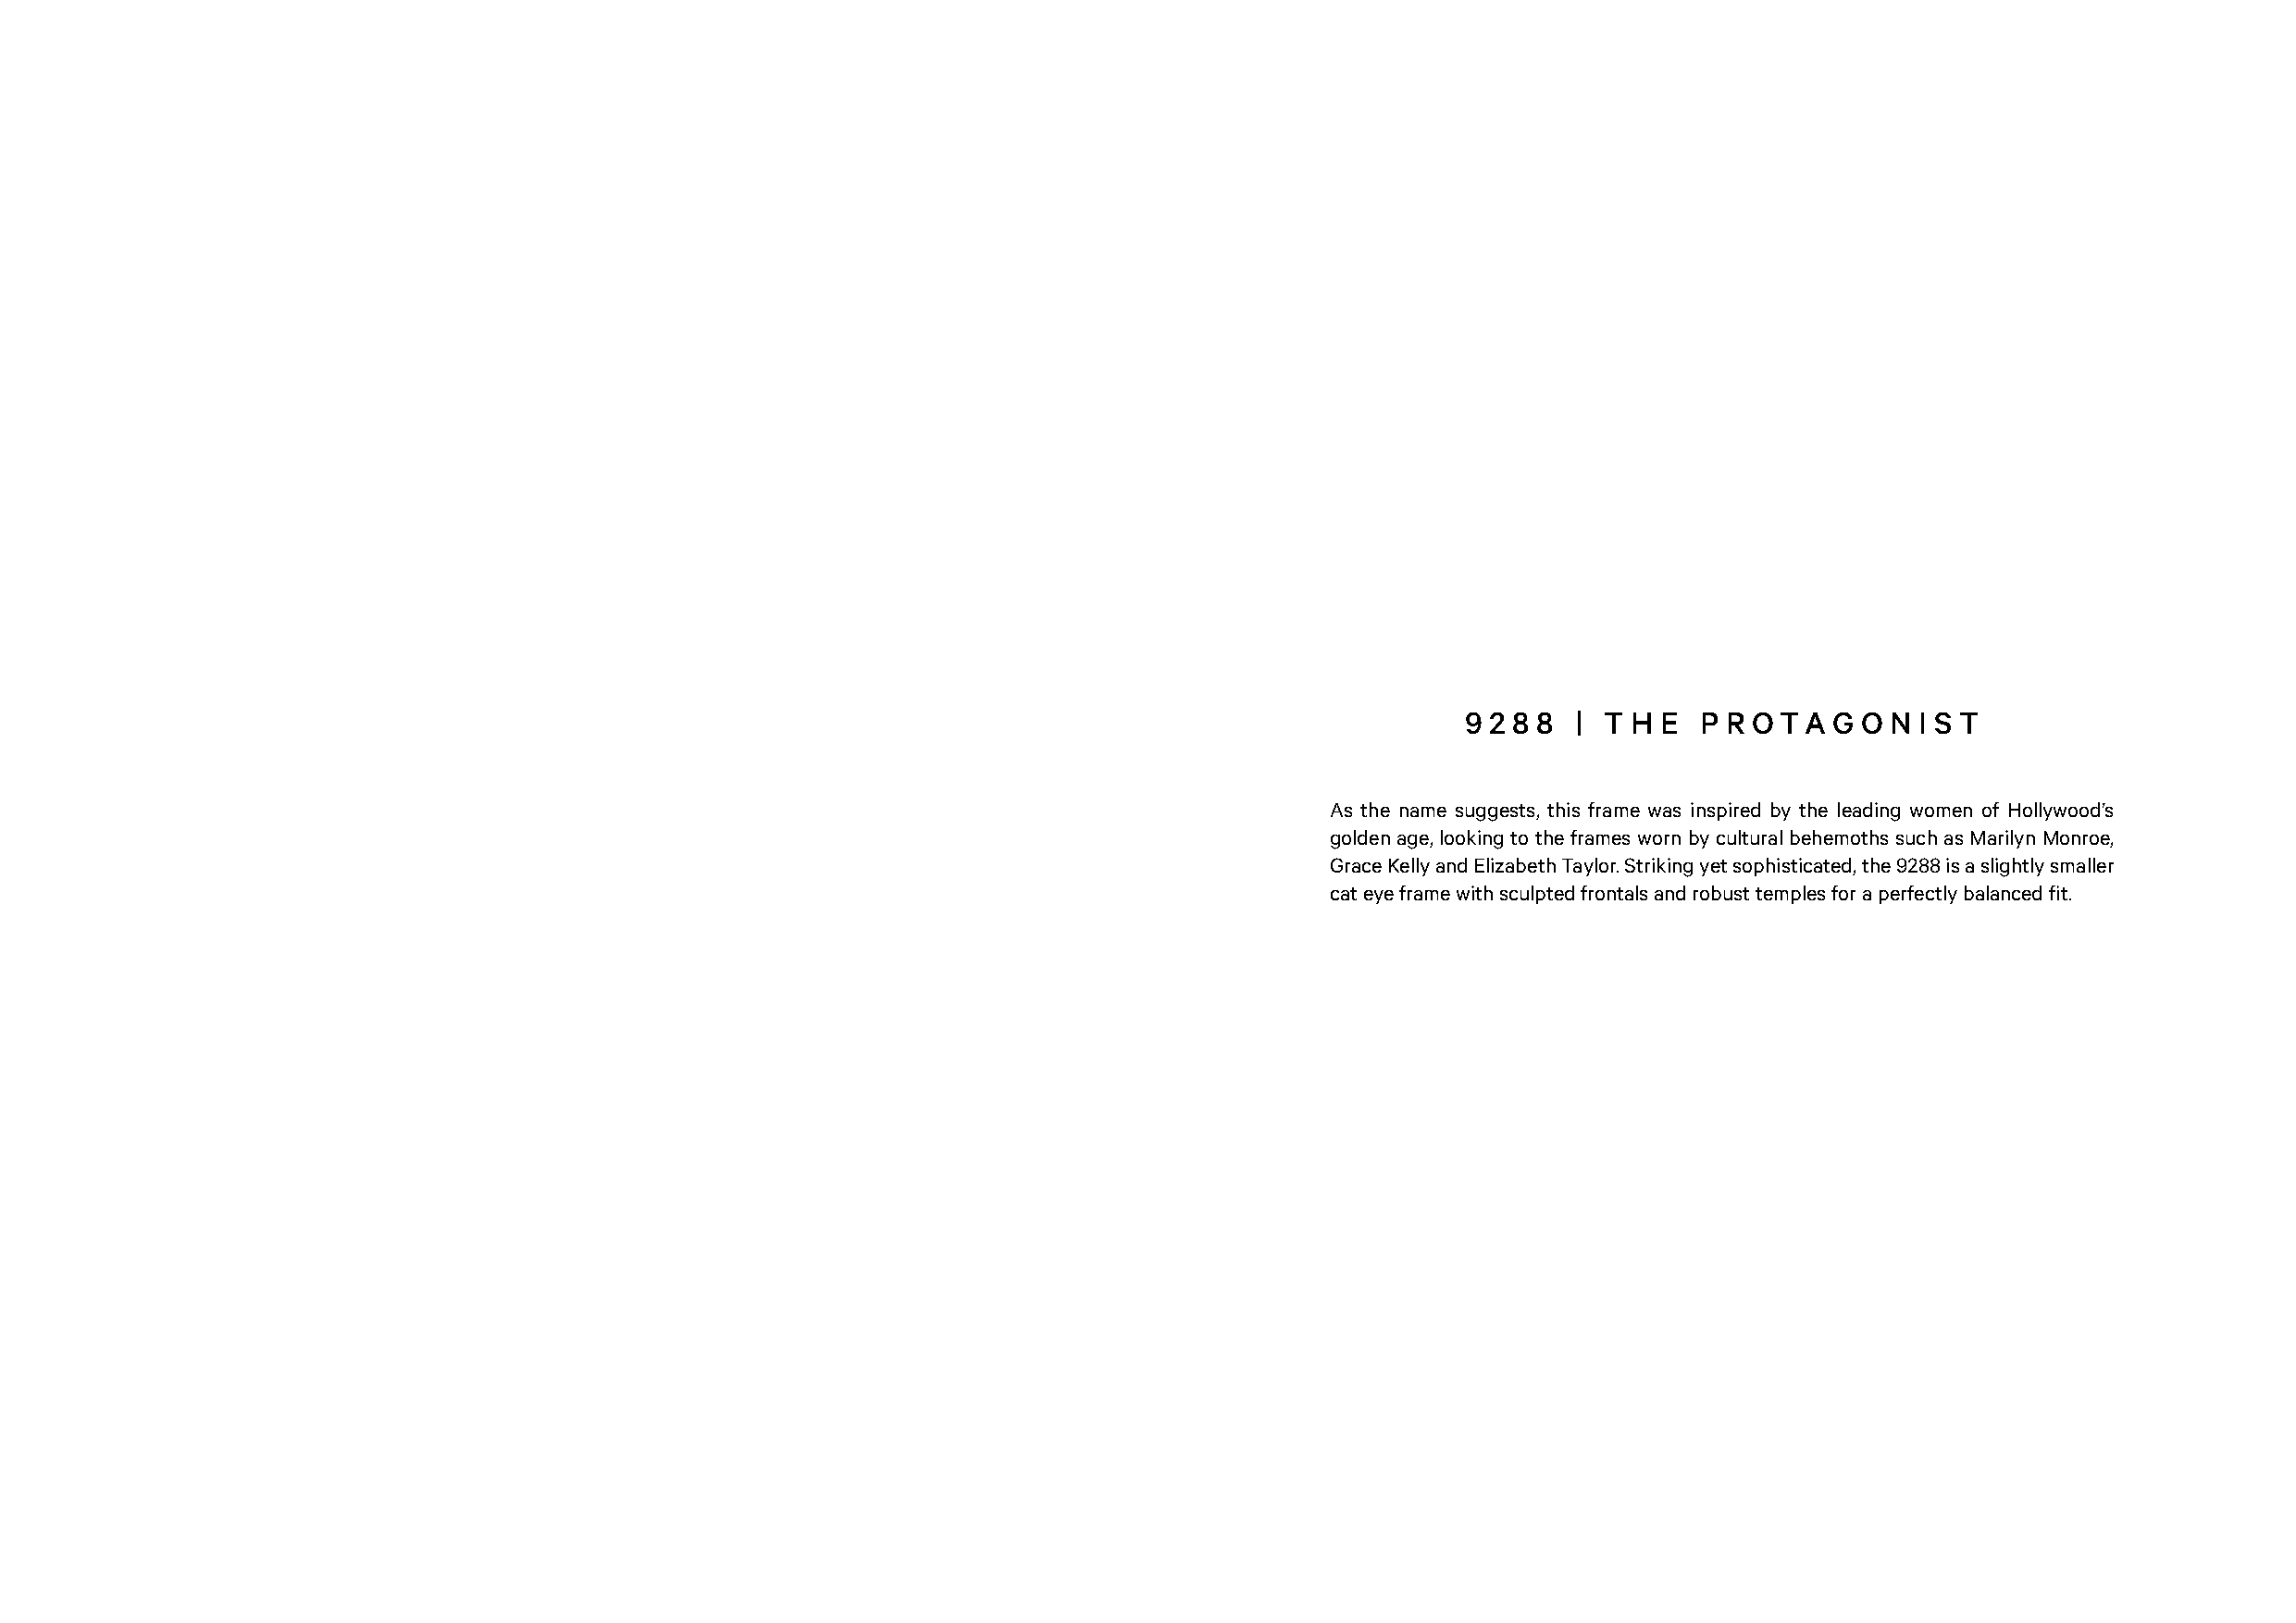
9 2 8 8 | T H E  P R OTA  G O N I S T
 As the name suggests, this frame was inspired by the leading women of Hollywood’s
 golden age, looking to the frames worn by cultural behemoths such as Marilyn Monroe,
 Grace Kelly and Elizabeth Taylor. Striking yet sophisticated, the 9288 is a slightly smaller
 cat eye frame with sculpted frontals and robust temples for a perfectly balanced fit.